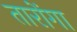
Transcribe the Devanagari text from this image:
तारोंगा